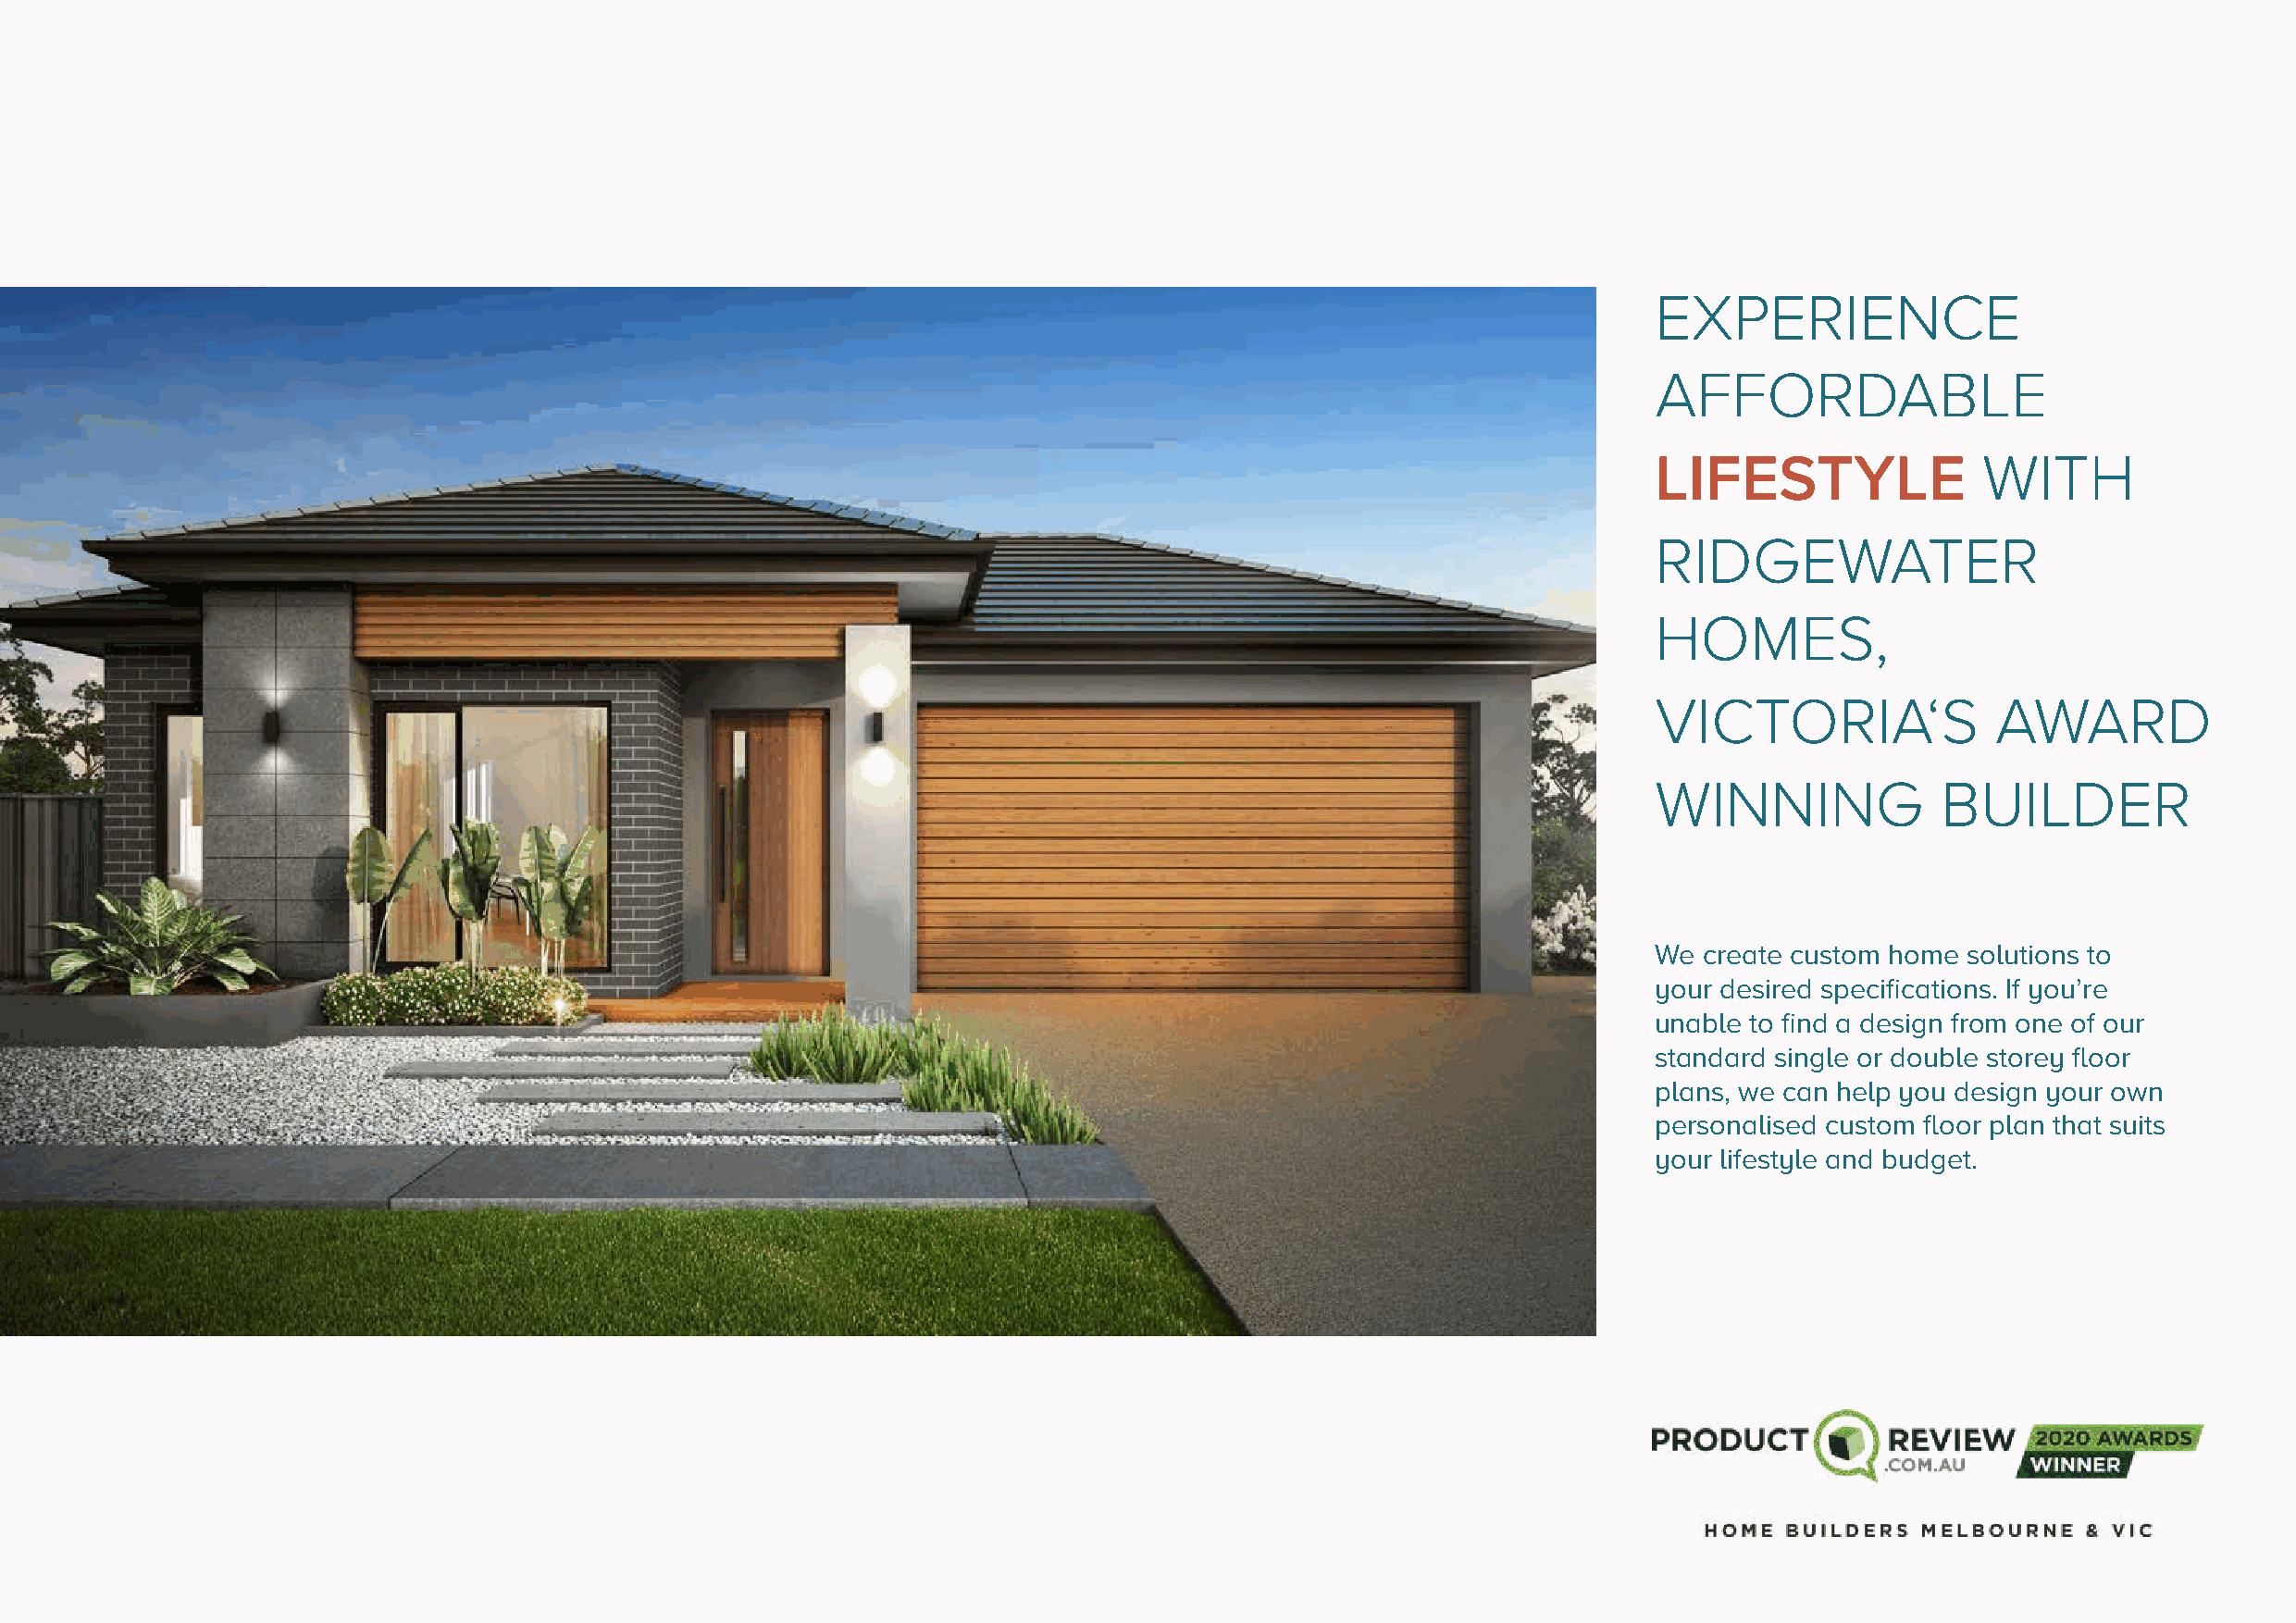
EXPERIENCE
 AFFORDABLE
 LIFESTYLE               WITH
 RIDGEWATER
 HOMES,
 VICTORIA‘S               AWARD
 WINNING              BUILDER
 We  create custom home solutions to
 your desired specifications. If you’re
 unable to find a design from one of our
 standard single or double storey floor
 plans, we can help you design your own
 personalised custom floor plan that suits
 your lifestyle and budget.